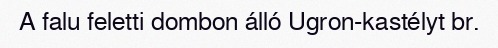
A falu feletti dombon álló Ugron-kastélyt br.